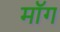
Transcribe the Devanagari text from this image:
माॅग